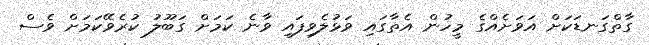
ގާތްގަނޑަކަށް އަވަށެއްގެ މީހުން އެތާގައި ވަޅުލެވިފައި ވާނެ ކަމަށް ގަބޫލު ކުރެވޭކަމަށް ވެސް